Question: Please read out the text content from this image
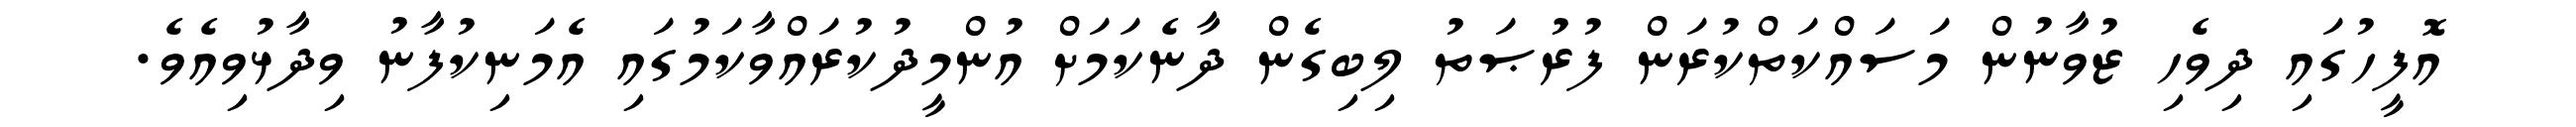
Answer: އޮފީހުގައި ދިވެހި ޒުވާނުން މަސައްކަތްކުރަން ފުރުޞަތު ލިބިގެން ދާނެކަމަށް އުންމީދުކުރައްވާކަމުގައި އެމަނިކުފާނު ވިދާޅުވިއެވެ.